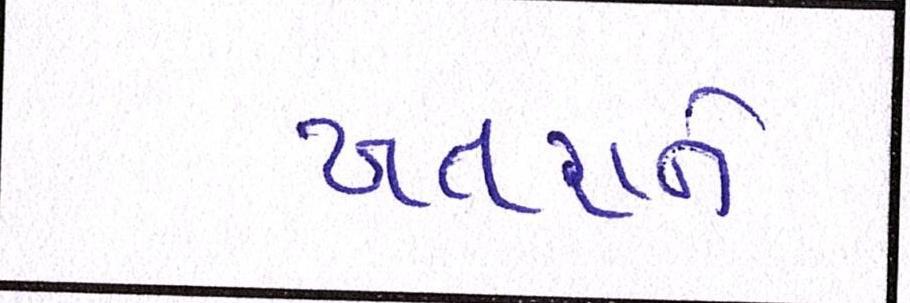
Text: ખતરાને